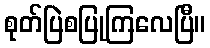
စုတ်ပြဲစပြုကြလေပြီ။